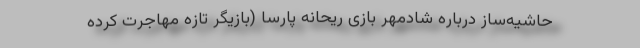
حاشیه‌ساز درباره شادمهر بازی ریحانه پارسا (بازیگر تازه مهاجرت کرده